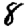
Digit: 8